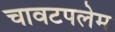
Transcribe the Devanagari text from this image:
चावटपलेम